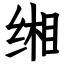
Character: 缃